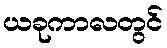
ယခုကာလတွင်